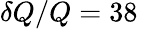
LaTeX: \delta Q/Q=38\, \